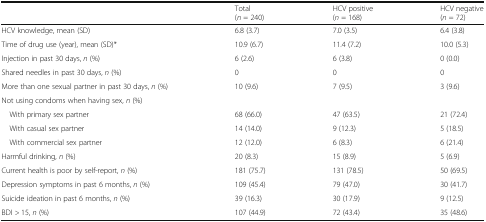
|  | Total(n = 240) | HCV positive(n = 168) | HCV negative(n = 72) |
 | --- | --- | --- | --- |
 | HCV knowledge, mean (SD) | 6.8 (3.7) | 7.0 (3.5) | 6.4 (3.8) |
 | Time of drug use (year), mean (SD)* | 10.9 (6.7) | 11.4 (7.2) | 10.0 (5.3) |
 | Injection in past 30 days, n (%) | 6 (2.6) | 6 (3.8) | 0 (0.0) |
 | Shared needles in past 30 days, n (%) | 0 | 0 | 0 |
 | More than one sexual partner in past 30 days, n (%) | 10 (9.6) | 7 (9.5) | 3 (9.6) |
 | <COLSPAN=4> Not using condoms when having sex, n (%) |
 | With primary sex partner | 68 (66.0) | 47 (63.5) | 21 (72.4) |
 | With casual sex partner | 14 (14.0) | 9 (12.3) | 5 (18.5) |
 | With commercial sex partner | 12 (12.0) | 6 (8.3) | 6 (21.4) |
 | Harmful drinking, n (%) | 20 (8.3) | 15 (8.9) | 5 (6.9) |
 | Current health is poor by self-report, n (%) | 181 (75.7) | 131 (78.5) | 50 (69.5) |
 | Depression symptoms in past 6 months, n (%) | 109 (45.4) | 79 (47.0) | 30 (41.7) |
 | Suicide ideation in past 6 months, n (%) | 39 (16.3) | 30 (17.9) | 9 (12.5) |
 | BDI > 15, n (%) | 107 (44.9) | 72 (43.4) | 35 (48.6) |